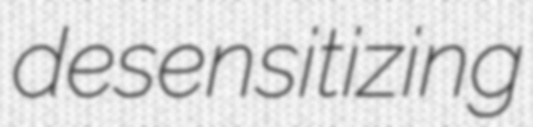
desensitizing